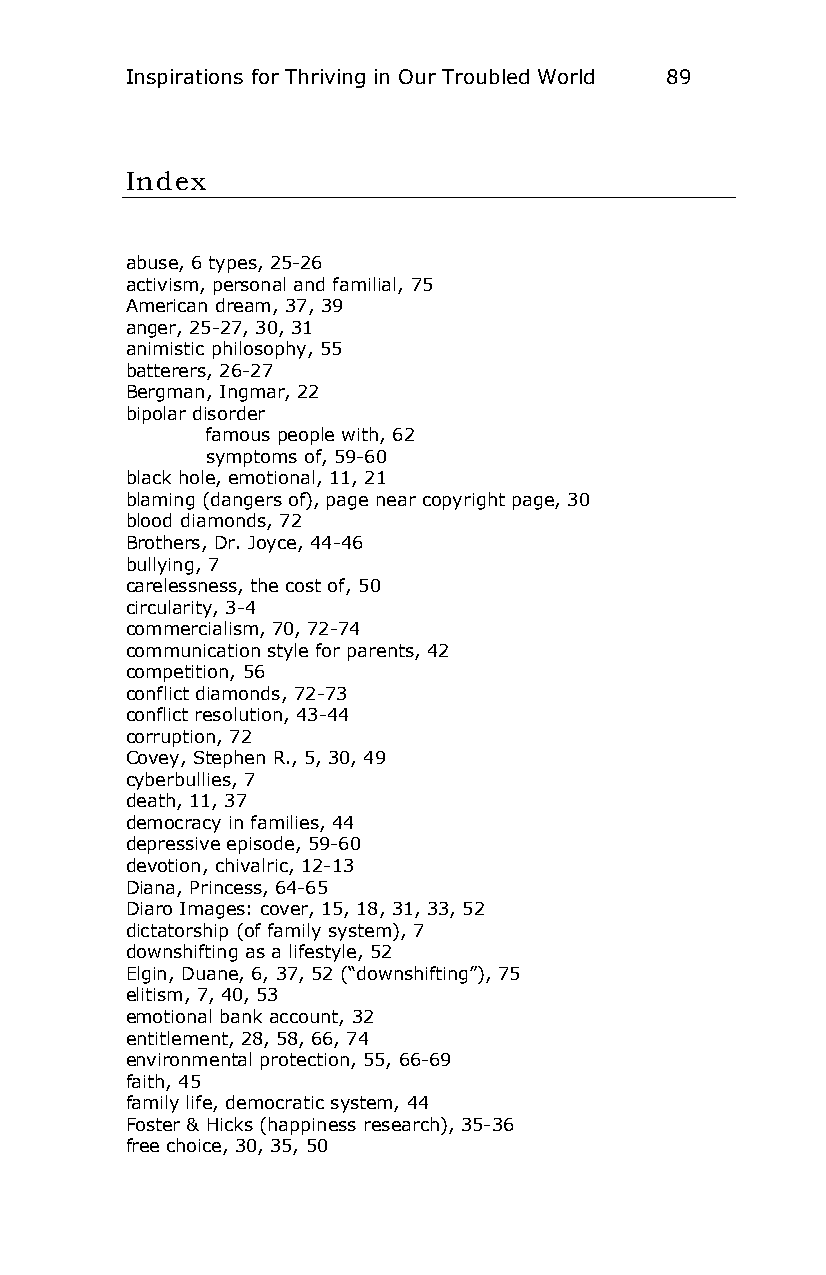
Inspirations for Thriving in Our Troubled World 89
 Index
 abuse, 6 types, 25-26
 activism, personal and familial, 75
 American dream, 37, 39
 anger, 25-27, 30, 31
 animistic philosophy, 55
 batterers, 26-27
 Bergman, Ingmar, 22
 bipolar disorder
 famous people with, 62
 symptoms of, 59-60
 black hole, emotional, 11, 21
 blaming (dangers of), page near copyright page, 30
 blood diamonds, 72
 Brothers, Dr. Joyce, 44-46
 bullying, 7
 carelessness, the cost of, 50
 circularity, 3-4
 commercialism, 70, 72-74
 communication style for parents, 42
 competition, 56
 conflict diamonds, 72-73
 conflict resolution, 43-44
 corruption, 72
 Covey, Stephen R., 5, 30, 49
 cyberbullies, 7
 death, 11, 37
 democracy in families, 44
 depressive episode, 59-60
 devotion, chivalric, 12-13
 Diana, Princess, 64-65
 Diaro Images: cover, 15, 18, 31, 33, 52
 dictatorship (of family system), 7
 downshifting as a lifestyle, 52
 Elgin, Duane, 6, 37, 52 (“downshifting”), 75
 elitism, 7, 40, 53
 emotional bank account, 32
 entitlement, 28, 58, 66, 74
 environmental protection, 55, 66-69
 faith, 45
 family life, democratic system, 44
 Foster & Hicks (happiness research), 35-36
 free choice, 30, 35, 50